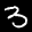
Label: 3